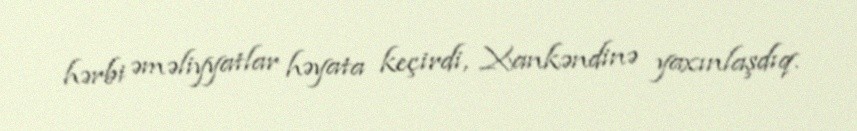
hərbi əməliyyatlar həyata keçirdi, Xankəndinə yaxınlaşdıq.